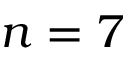
n = 7